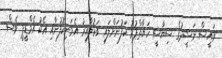
ރައީސް ނަޝީދުގެ ސިޔާސީ ހަޔާތްޕުޅު ކަފުނަށްލައި ވަޅުލާއިރު އެމަނިކުފުނާއި އެކު އެމްޑީޕީ ވެސް